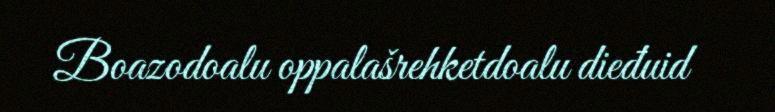
Boazodoalu oppalašrehketdoalu dieđuid